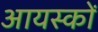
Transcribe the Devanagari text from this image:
आयस्कों